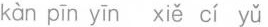
kàn pīn yīn xiě cí yǔ